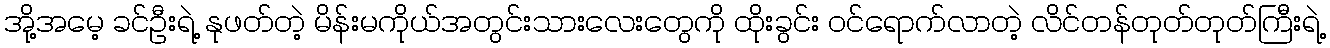
အို့အမေ့ ခင်ဦးရဲ့ နုဖတ်တဲ့ မိန်းမကိုယ်အတွင်းသားလေးတွေကို ထိုးခွင်း ဝင်ရောက်လာတဲ့ လိင်တန်တုတ်တုတ်ကြီးရဲ့